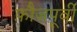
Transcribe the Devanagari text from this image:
फ़ौजपूर्वी